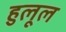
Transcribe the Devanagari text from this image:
हुलूल